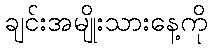
ချင်းအမျိုးသားနေ့ကို